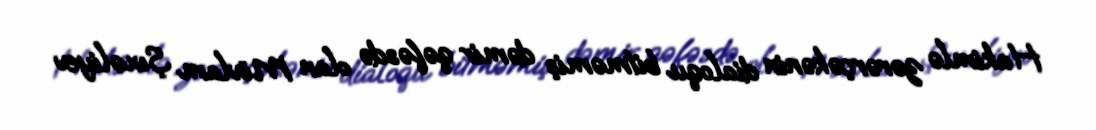
Hakimlə zərərçəkənin dialoqu bitməmiş dəmir qəfəsdə olan Mövlam Şıxəliyev